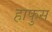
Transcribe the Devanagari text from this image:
हाफुस